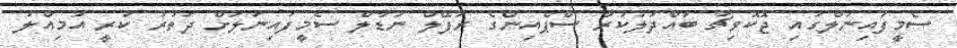
ސެމީފައިނަލްގައި ޖޮކޮވިޗާ ބައްދަލުކުރާ ސްޕެއިންގެ ރަފޭލް ނަޑާލް ސެމީފައިނަލަށް ދަތުރު ކުރީ އަމިއްލަ